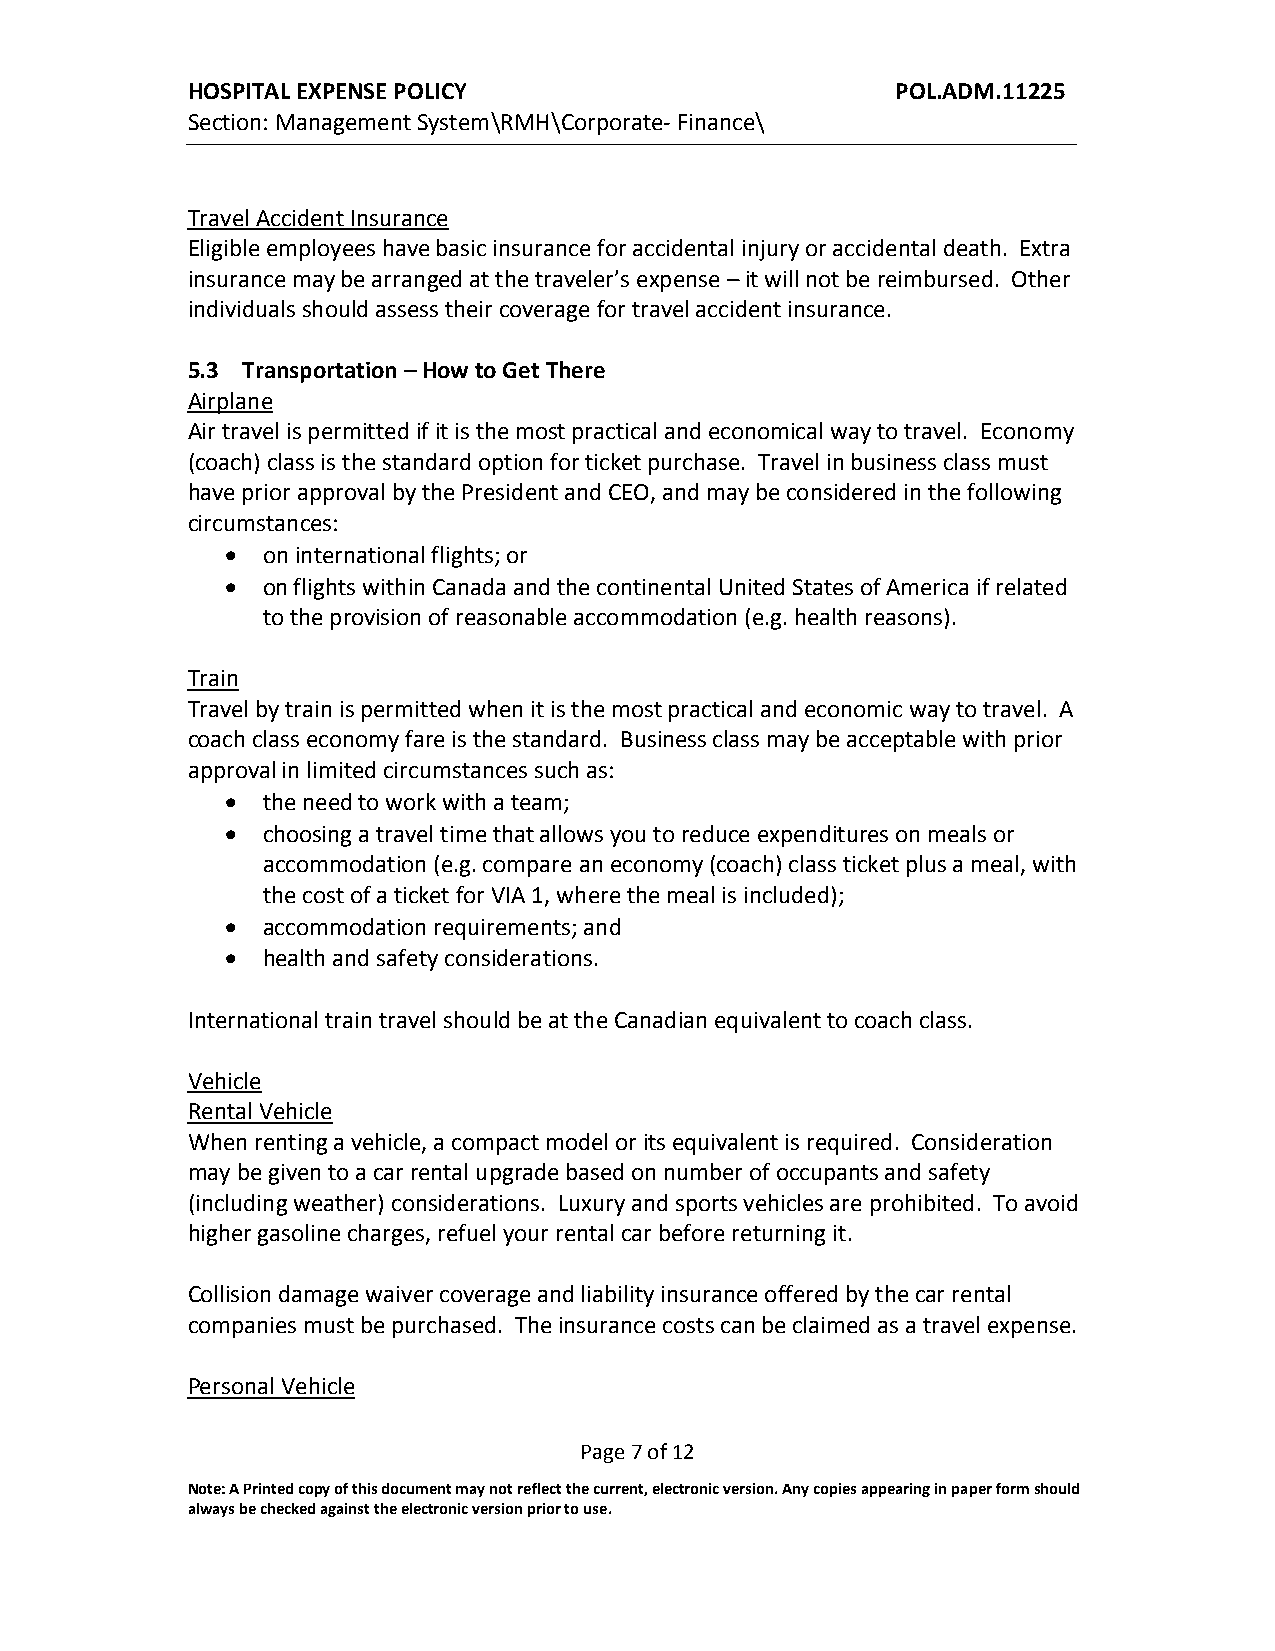
HOSPITAL EXPENSE POLICY                        POL.ADM.11225
 Section: Management System\RMH\Corporate- Finance\
 Travel Accident Insurance
 Eligible employees have basic insurance for accidental injury or accidental death. Extra
 insurance may be arranged at the traveler’s expense – it will not be reimbursed. Other
 individuals should assess their coverage for travel accident insurance.
 5.3 Transportation – How to Get There
 Airplane
 Air travel is permitted if it is the most practical and economical way to travel. Economy
 (coach) class is the standard option for ticket purchase. Travel in business class must
 have prior approval by the President and CEO, and may be considered in the following
 circumstances:
  on international flights; or
  on flights within Canada and the continental United States of America if related
 to the provision of reasonable accommodation (e.g. health reasons).
 Train
 Travel by train is permitted when it is the most practical and economic way to travel. A
 coach class economy fare is the standard. Business class may be acceptable with prior
 approval in limited circumstances such as:
  the need to work with a team;
  choosing a travel time that allows you to reduce expenditures on meals or
 accommodation (e.g. compare an economy (coach) class ticket plus a meal, with
 the cost of a ticket for VIA 1, where the meal is included);
  accommodation requirements; and
  health and safety considerations.
 International train travel should be at the Canadian equivalent to coach class.
 Vehicle
 Rental Vehicle
 When renting a vehicle, a compact model or its equivalent is required. Consideration
 may be given to a car rental upgrade based on number of occupants and safety
 (including weather) considerations. Luxury and sports vehicles are prohibited. To avoid
 higher gasoline charges, refuel your rental car before returning it.
 Collision damage waiver coverage and liability insurance offered by the car rental
 companies must be purchased. The insurance costs can be claimed as a travel expense.
 Personal Vehicle
 Page 7 of 12
 Note: A Printed copy of this document may not reflect the current, electronic version. Any copies appearing in paper form should
 always be checked against the electronic version prior to use.